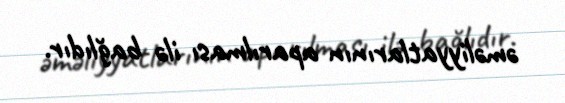
əməliyyatlarının aparılması ilə bağlıdır.